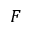
F